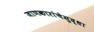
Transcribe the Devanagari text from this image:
जाणकारांचेसुद्धा